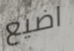
اضيع